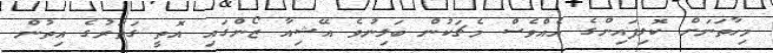
މިހާތަނަށް ކޮލިފައިންގެ އެއްވެސް މެޗަކުން ބަލިނުވެ އޭޝިއާ ޒޯންގައި އޮތީ ގަތަރުގެ އިތުން